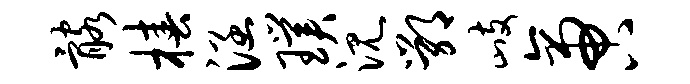
髂椿涵璞沉鄂歧啻